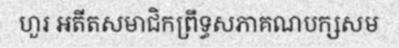
ហួរ អតីតសមាជិកព្រឹទ្ធសភាគណបក្សសម